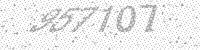
Solution: 957107